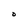
Character: O